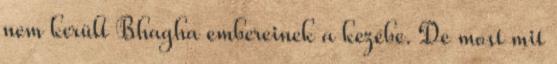
nem került Bhagha embereinek a kezébe. De most mit